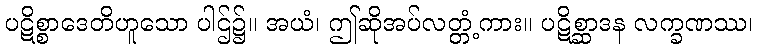
ပဋိစ္စာဒေတိဟူသော ပါဌ်၌။ အယံ၊ ဤဆိုအပ်လတ္တံ့ကား။ ပဋိစ္ဆာဒန လက္ခဏဿ၊